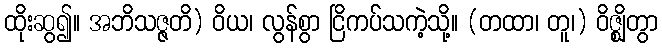
ထိုးဆွ၍။ အဘိသဇ္ဇတိ) ဝိယ၊ လွန်စွာ ငြိကပ်သကဲ့သို့။ (တထာ၊ တူ၊) ဝိဇ္ဈိတွာ